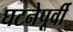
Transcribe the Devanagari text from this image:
घटनेपूर्वी